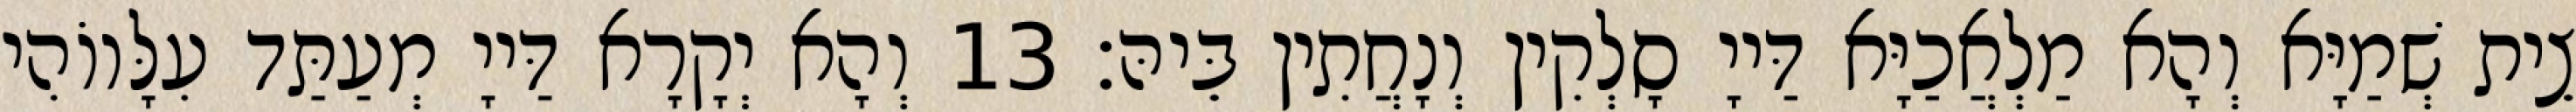
צֵית שְׁמַיָּא וְהָא מַלְאֲכַיָּא דַּייָ סָלְקִין וְנָחֲתִין בֵּיהּ׃ 13 וְהָא יְקָרָא דַּייָ מְעַתַּד עִלָּווֹהִי